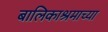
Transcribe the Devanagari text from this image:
बालिकाश्रमाच्या